Annual report on the health of the army in India
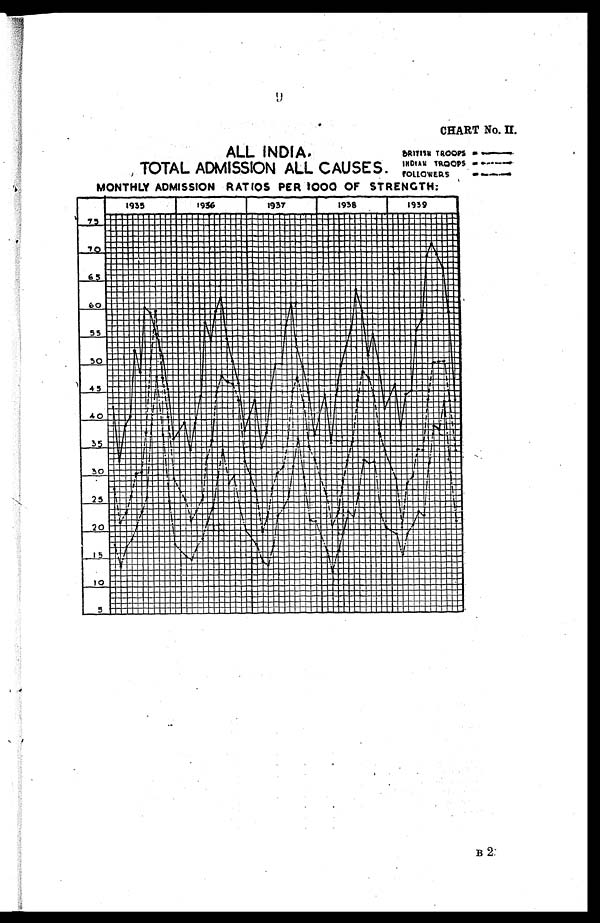
CHART No. II.
ALL INDIA,
TOTAL ADMISSION ALL CAUSES.
BRITISH TROOPS
INDIAN TROOPS
FOLLOWERS
MONTHLY ADMISSION RATIOS PER 1000 OF STRENGTH.
B 2.